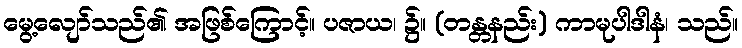
မွေ့လျော်သည်၏ အဖြစ်ကြောင့်။ ပဇာယ၊ ၌။ (တန္တနည်း) ကာမုပါဒါနံ၊ သည်။